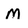
Character: M